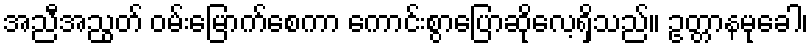
အညီအညွတ် ဝမ်းမြောက်စေကာ ကောင်းစွာပြောဆိုလေ့ရှိသည်။ ဥတ္တာနမုခေါ၊